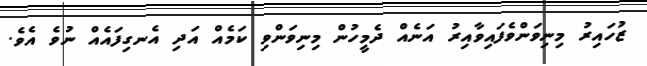
ޒުހައިރު މިނިވަންވެފައިވާއިރު އަނެއް ދެމީހުން މިނިވަންވި ކަމެއް އަދި އެނގިފައެއް ނުވެ އެވެ.